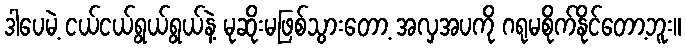
ဒါပေမဲ့ ငယ်ငယ်ရွယ်ရွယ်နဲ့ မုဆိုးမဖြစ်သွားတော့ အလှအပကို ဂရုမစိုက်နိုင်တော့ဘူး။